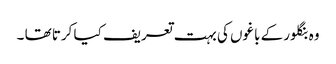
وہ بنگلور کے باغوں کی بہت تعریف کیا کرتا تھا ۔